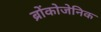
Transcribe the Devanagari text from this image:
ब्रोंकोजेनिक